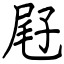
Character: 屘